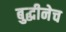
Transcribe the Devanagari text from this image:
बुद्धीनेच